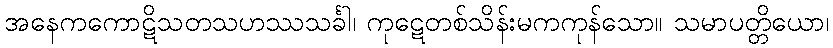
အနေကကောဋိသတသဟဿသင်္ခါ၊ ကုဋေတစ်သိန်းမကကုန်သော။ သမာပတ္တိယော၊